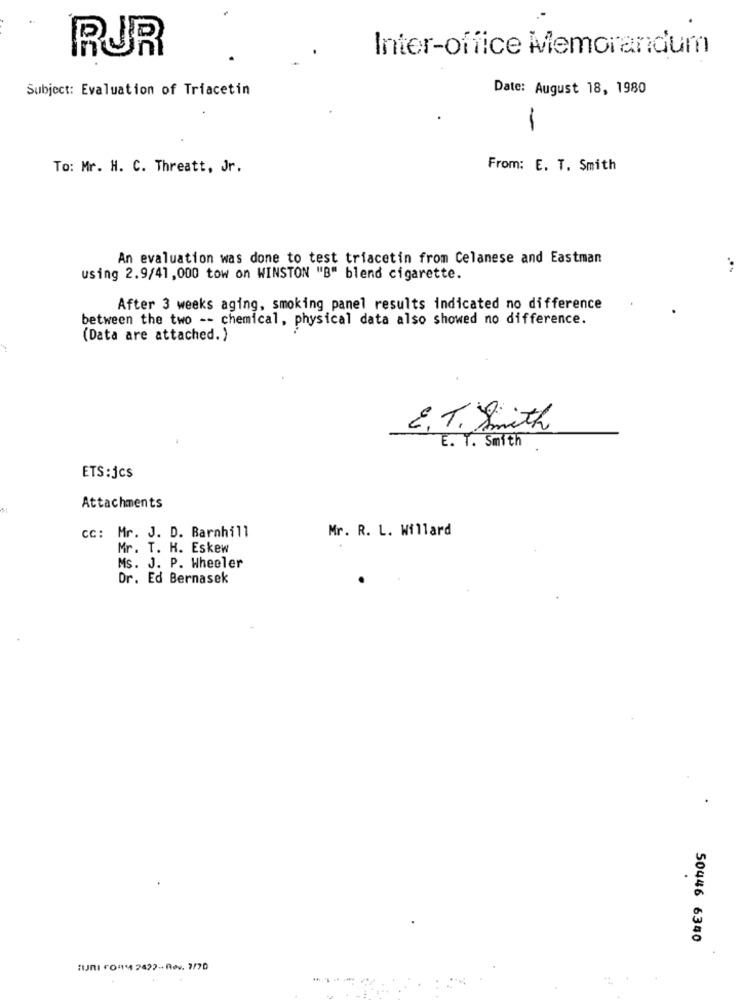
RUR
Inter-office Memorandum
Subject: Evaluation of Triacetin
Date: August 18, 1980
To: Mr. H. C. Threatt, Jr.
From: E. T. Smith
An evaluation was done to test triacetin from Celanese and Eastman
using 2.9/41, 000 tow on WINSTON "B" blend cigarette.
After 3 weeks aging, smoking panel results indicated no difference
between the two -- chemical, physical data also showed no difference.
(Data are attached.)
E. T. Smith
E. T. Smith
ETS:jcs
Attachments
cc: Mr. J. D. Barnhill
Mr. R. L. Willard
Mr. T. H. Eskew
Ms. J. P. Wheeler
Dr. Ed Bernasek
50446 6340
4